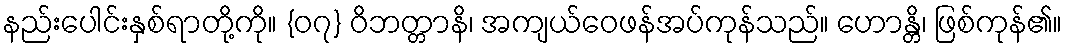
နည်းပေါင်းနှစ်ရာတို့ကို။ {၀၇} ဝိဘတ္တာနိ၊ အကျယ်ဝေဖန်အပ်ကုန်သည်။ ဟောန္တိ၊ ဖြစ်ကုန်၏။